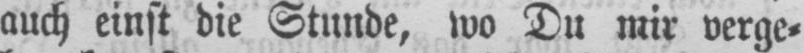
auch einst die Stunde, wo Du mir verge⸗